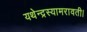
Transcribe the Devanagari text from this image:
यथेन्‍द्रस्‍यामरावती।